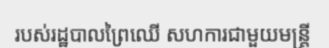
របស់រដ្ឋបាលព្រៃឈើ សហការជាមួយមន្ត្រី